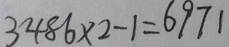
3 4 8 6 \times 2 - 1 = 6 9 7 1